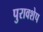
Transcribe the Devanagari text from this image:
पुरावशेप